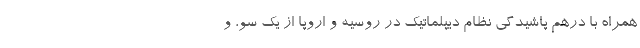
همراه با درهم پاشیدگی نظام دیپلماتیک در روسیه و اروپا از یک سو، و